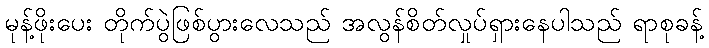
မုန့်ဖိုးပေး တိုက်ပွဲဖြစ်ပွားလေသည် အလွန်စိတ်လှုပ်ရှားနေပါသည် ရာစုခန့်